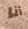
أنا